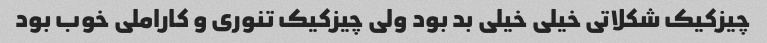
چیزکیک شکلاتی خیلی خیلی بد بود ولی چیزکیک تنوری و کاراملی خوب بود